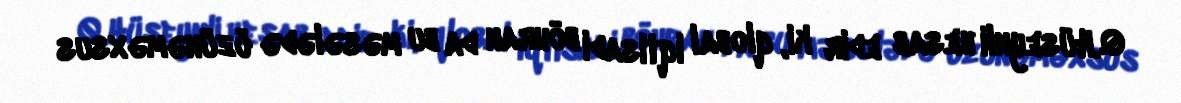
Q.Hüseynli hesab edir ki, qlobal iqtisadi böhran da bu məsələdə özünəməxsus